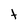
Character: t